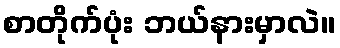
စာတိုက်ပုံး ဘယ်နားမှာလဲ။